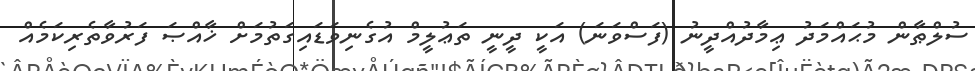
ސުލްޠާން މުޙައްމަދު ޢިމާދުއްދީނު (ފަސްވަނަ) އަކީ ދީނީ ތަޢުލީމް އުގެނިވަޑައިގަތުމަށް ޚާއްޞަ ފަރުވާތެރިކަމެއް